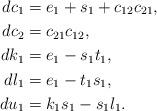
LaTeX: \begin{align*} dc_1 &= e_1 + s_1 + c_{12}c_{21}, \\ dc_2 &= c_{21} c_{12}, \\ dk_1 &= e_1 - s_1 t_1, \\ dl_1 &= e_1 - t_1 s_1, \\ du_1 &= k_1 s_1 - s_1 l_1. \end{align*}